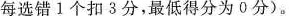
每选错1个扣3分，最低得分为0分)。